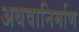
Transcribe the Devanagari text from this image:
अथवानिर्माण